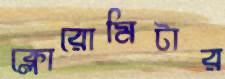
ক্লোরোমিটার